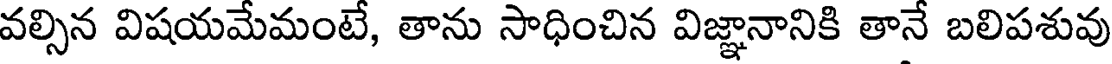
వల్సిన విషయమేమంటే, తాను సాధించిన విజ్ఞానానికి తానే బలిపశువు